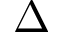
\Delta